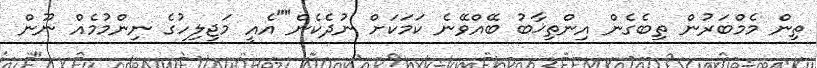
ތިން މެމްބަރުން ތިބެގެން އިންތިޚާބު ބޭއްވޭނެ ކަމަކަށް ނުދެކެން""އެއީ މަޖިލިހުގެ ނިންމުމެއް ނޫން